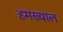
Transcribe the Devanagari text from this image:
हमख्याल